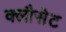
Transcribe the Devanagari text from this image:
क्लौसेट